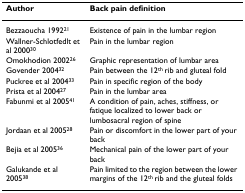
<table><thead><tr><td><b>Author</b></td><td><b>Back pain definition</b></td></tr></thead><tbody><tr><td>Bezzaoucha 1992<sup>21</sup></td><td>Existence of pain in the lumbar region</td></tr><tr><td>Wallner-Schlotfedlt et al 2000<sup>30</sup></td><td>Pain in the lumbar region</td></tr><tr><td>Omokhodion 2002<sup>26</sup></td><td>Graphic representation of lumbar area</td></tr><tr><td>Govender 2004<sup>32</sup></td><td>Pain between the 12<sup>th </sup>rib and gluteal fold</td></tr><tr><td>Puckree et al 2004<sup>33</sup></td><td>Pain in specific region of the body</td></tr><tr><td>Prista et al 2004<sup>27</sup></td><td>Pain in the lumbar area</td></tr><tr><td>Fabunmi et al 2005<sup>41</sup></td><td>A condition of pain, aches, stiffness, or fatique localized to lower back or lumbosacral region of spine</td></tr><tr><td>Jordaan et al 2005<sup>28</sup></td><td>Pain or discomfort in the lower part of your back</td></tr><tr><td>Bejia et al 2005<sup>36</sup></td><td>Mechanical pain of the lower part of your back</td></tr><tr><td>Galukande et al 2005<sup>38</sup></td><td>Pain limited to the region between the lower margins of the 12<sup>th </sup>rib and the gluteal folds</td></tr></tbody></table>